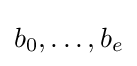
b_{0},\ldots ,b_{e}